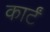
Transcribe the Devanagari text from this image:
कार्टं